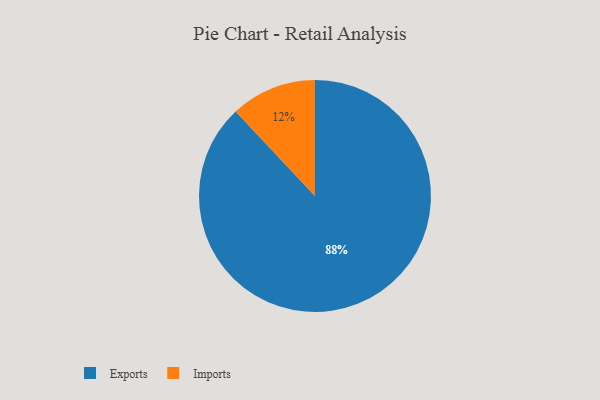
{"axis": {"x": "Category", "y": "Percentage"}, "legend": ["Exports", "Imports"], "data": [{"x": "Exports", "y": 88, "type": "Exports"}, {"x": "Imports", "y": 12, "type": "Imports"}]}